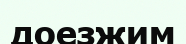
доезжим